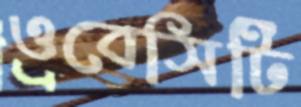
ওবেসিটি